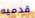
قدميه